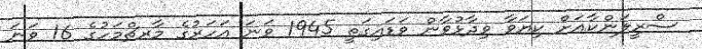
ސްރީލަންކާއަށް ކިޔަވާ ވިދާޅުވާން ވަޑައިގަތީ 1945 ވަނަ އަހަރުގެ މާރޗްމަހުގެ 16 ވަނަ